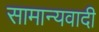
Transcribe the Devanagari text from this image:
सामान्यवादी